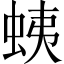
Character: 蛦